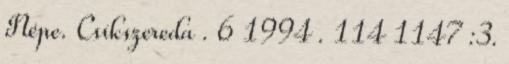
Népe. Csíkszereda . 6 1994 . 114 1147 :3.